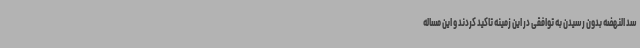
سد النهضه بدون رسیدن به توافقی در این زمینه تاکید کردند و این مساله